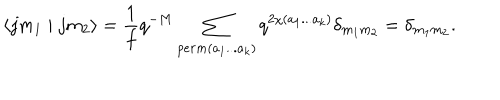
LaTeX: \langle j m _ { 1 } \mid j m _ { 2 } \rangle = \frac { 1 } { f } q ^ { - M } \sum _ { p e r m ( a _ { 1 } . . . a _ { k } ) } q ^ { 2 \chi ( a _ { 1 } . . . a _ { k } ) } \delta _ { m _ { 1 } m _ { 2 } } = \delta _ { m _ { 1 } m _ { 2 } } .